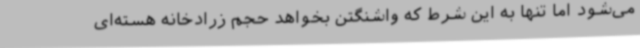
می‌شود اما تنها به این شرط که واشنگتن بخواهد حجم زرادخانه هسته‌ای